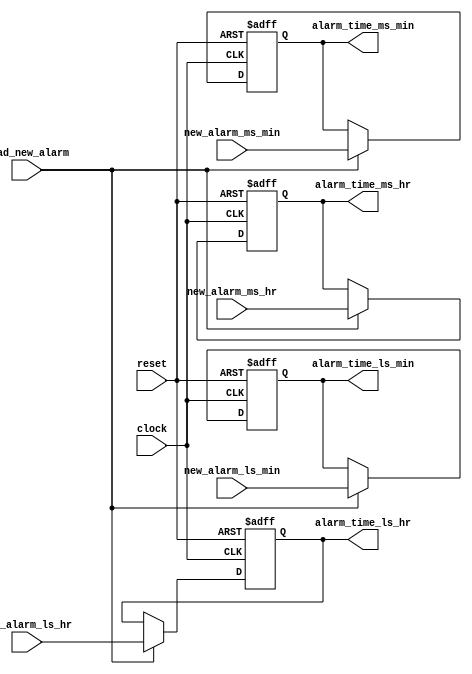
module alarm_reg (new_alarm_ms_hr,
              new_alarm_ls_hr,
              new_alarm_ms_min,
              new_alarm_ls_min,
              load_new_alarm,
              clock,
              reset,
              alarm_time_ms_hr,
              alarm_time_ls_hr,
              alarm_time_ms_min,
              alarm_time_ls_min );

// Define input and output port directions
input [3:0]new_alarm_ms_hr,
           new_alarm_ls_hr,
           new_alarm_ms_min,
           new_alarm_ls_min;

input load_new_alarm;
input clock;
input reset;

output reg [3:0] alarm_time_ms_hr,
                 alarm_time_ls_hr,
                 alarm_time_ms_min,
                 alarm_time_ls_min;

//Lodable Register which stores alarm time  
always @ (posedge clock or posedge reset)
begin
  // Upon reset, store reset value(1'b0) to the alarm_time registers
  if(reset)
  begin
    alarm_time_ms_hr  <= 4'b0;
    alarm_time_ls_hr  <= 4'b0;
    alarm_time_ms_min <= 4'b0;
    alarm_time_ls_min <= 4'b0;
  end
// If no reset, check for load_new_alarm signal and load new_alarm time to alarm_time registers
  else if(load_new_alarm)
  begin
    alarm_time_ms_hr  <= new_alarm_ms_hr;
    alarm_time_ls_hr  <= new_alarm_ls_hr;
    alarm_time_ms_min <= new_alarm_ms_min;
    alarm_time_ls_min <= new_alarm_ls_min;
  end
end

endmodule